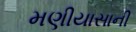
મણીયાસાની